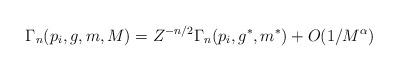
LaTeX: \begin{align*}\Gamma_n(p_i,g,m,M) = Z^{-n/2}\Gamma_n(p_i,g^*,m^*) + O(1/M^{\alpha})\end{align*}